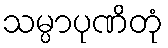
သမ္ပာပုဏိတုံ